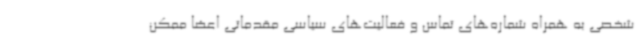
شخصی به همراه شماره‌های تماس و فعالیت‌های سیاسی مقدماتی اعضا ممکن